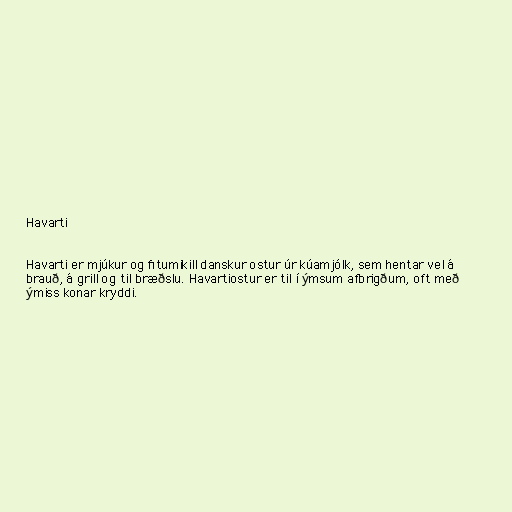
Havarti

Havarti er mjúkur og fitumikill danskur ostur úr kúamjólk, sem hentar vel á
brauð, á grill og til bræðslu. Havartiostur er til í ýmsum afbrigðum, oft með
ýmiss konar kryddi.